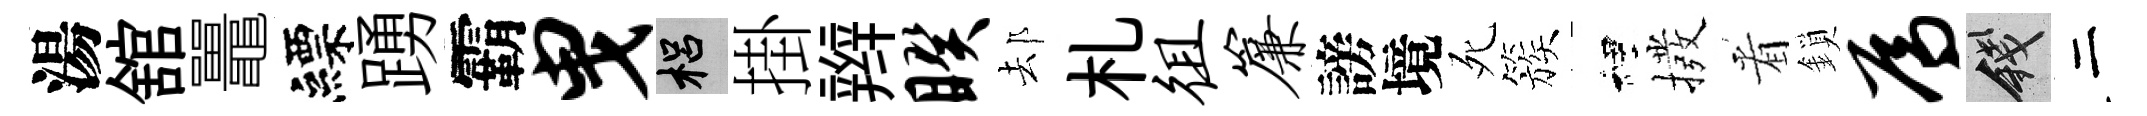
湯舘鼉縹踴霸曳梠掛辫睽𨚫札徂帘謗境死簇裡撥㸔鎖焉錢二